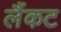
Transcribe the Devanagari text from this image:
लैंकट